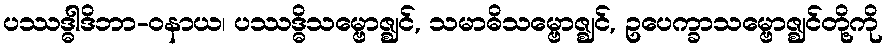
ပဿဒ္ဓါဒိဘာ-ဝနာယ၊ ပဿဒ္ဓိသမ္ဗောဇ္ဈင်, သမာဓိသမ္ဗောဇ္ဈင်, ဥပေက္ခာသမ္ဗောဇ္ဈင်တို့ကို